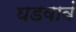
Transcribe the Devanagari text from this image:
घडवावं